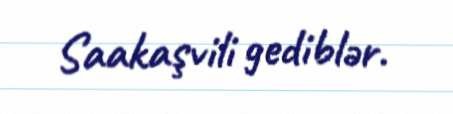
Saakaşvili gediblər.